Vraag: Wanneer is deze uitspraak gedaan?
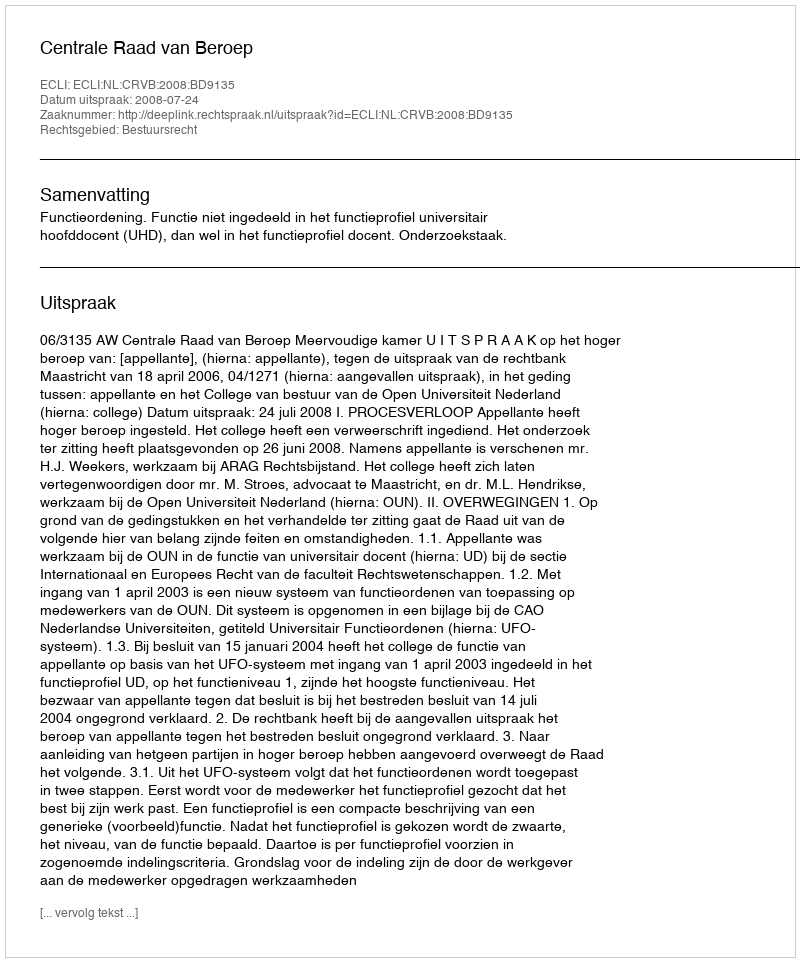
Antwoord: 2008-07-24